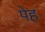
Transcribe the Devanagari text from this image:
पेह